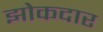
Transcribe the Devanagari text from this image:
झोकदार